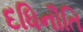
દધિનૌતિ